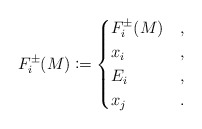
\begin{align*}F_{i}^\pm(M) \coloneqq \begin{cases}F_i^\pm(M) & ,\\x_i & ,\\E_i & ,\\x_j & .\end{cases}\end{align*}